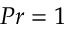
P r = 1